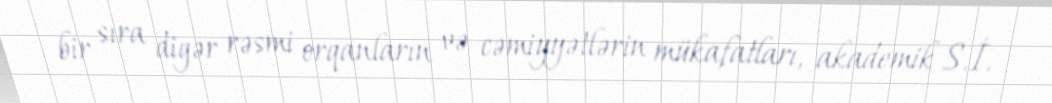
bir sıra digər rəsmi orqanların və cəmiyyətlərin mükafatları, akademik S.İ.